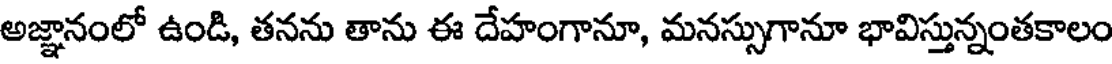
అజ్ఞానంలో ఉండి, తనను తాను ఈ దేహంగానూ, మనస్సుగానూ భావిస్తున్నంతకాలం